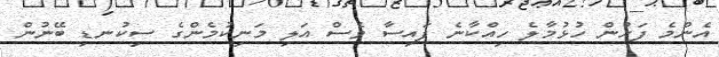
އެންމެ ފަހުން ހުޅުމާލެ ހިއްކާނެ ފައިސާ ވެސް އަލި މަނިކުމެންގެ ސިކުނޑި ބޭނުން